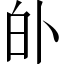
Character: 𱱺